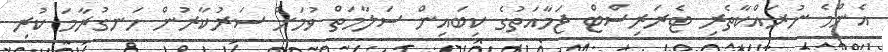
އެންމެ ނުރައްކާތެރި ޓެރަރިސްޓް ޖަމާއަތުގެ ކިބައިން ސަލާމަތް ވުމަށް ސަރުކާރުން ހަނގުރާމަ ކުރި